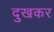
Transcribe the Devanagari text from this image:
दुखकर